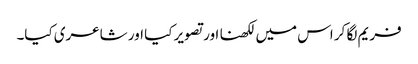
فریم لگا کر اس میں لکھنا اور تصویر کیا اور شاعری کیا۔